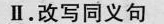
Ⅱ。改写同义句